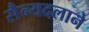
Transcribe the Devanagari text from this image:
सैन्यदलाने